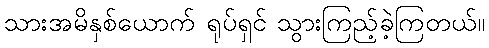
သားအမိနှစ်ယောက် ရုပ်ရှင် သွားကြည့်ခဲ့ကြတယ်။